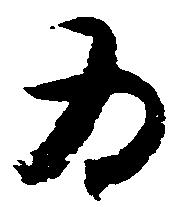
為